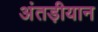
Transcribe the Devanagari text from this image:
अंतड़ीयान